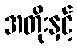
အတိုးနှင့်